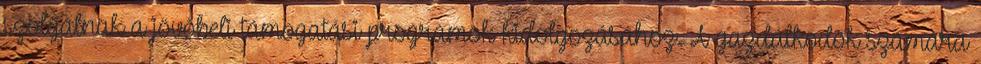
szolgálnak a jövőbeli támogatási programok kidolgozásához. A gazdálkodók számára